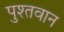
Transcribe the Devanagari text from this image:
पुश्तवान